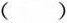
()